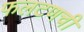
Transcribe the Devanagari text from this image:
फलटणची